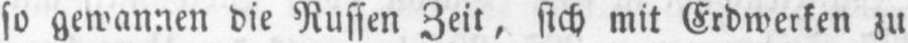
so gewannen die Russen Zeit, sich mit Erdwerken zu